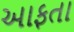
આફતા